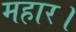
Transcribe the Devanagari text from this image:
महार।